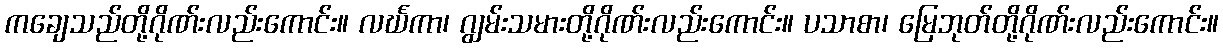
ကချေသည်တို့ဂိုဏ်းလည်းကောင်း။ လင်္ဃကာ၊ ဂျွမ်းသမားတို့ဂိုဏ်းလည်းကောင်း။ ပသာစာ၊ မြေဘုတ်တို့ဂိုဏ်းလည်းကောင်း။